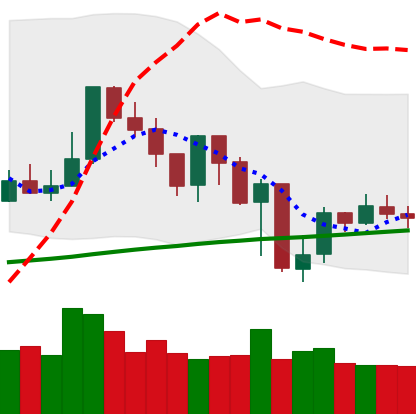
Ticker: XMR-USD
Chart end date: 2019-07-22
Forward return: -5.188%
Label: down_5_7